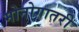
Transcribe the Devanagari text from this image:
मोनोगातरी